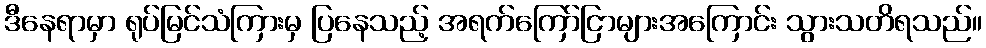
ဒီနေရာမှာ ရုပ်မြင်သံကြားမှ ပြနေသည့် အရက်ကြော်ငြာများအကြောင်း သွားသတိရသည်။